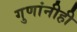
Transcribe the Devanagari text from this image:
गुणांनीही